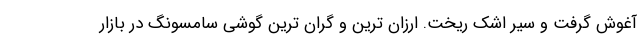
آغوش گرفت و سیر اشک ریخت. ارزان ترین و گران ترین گوشی سامسونگ در بازار